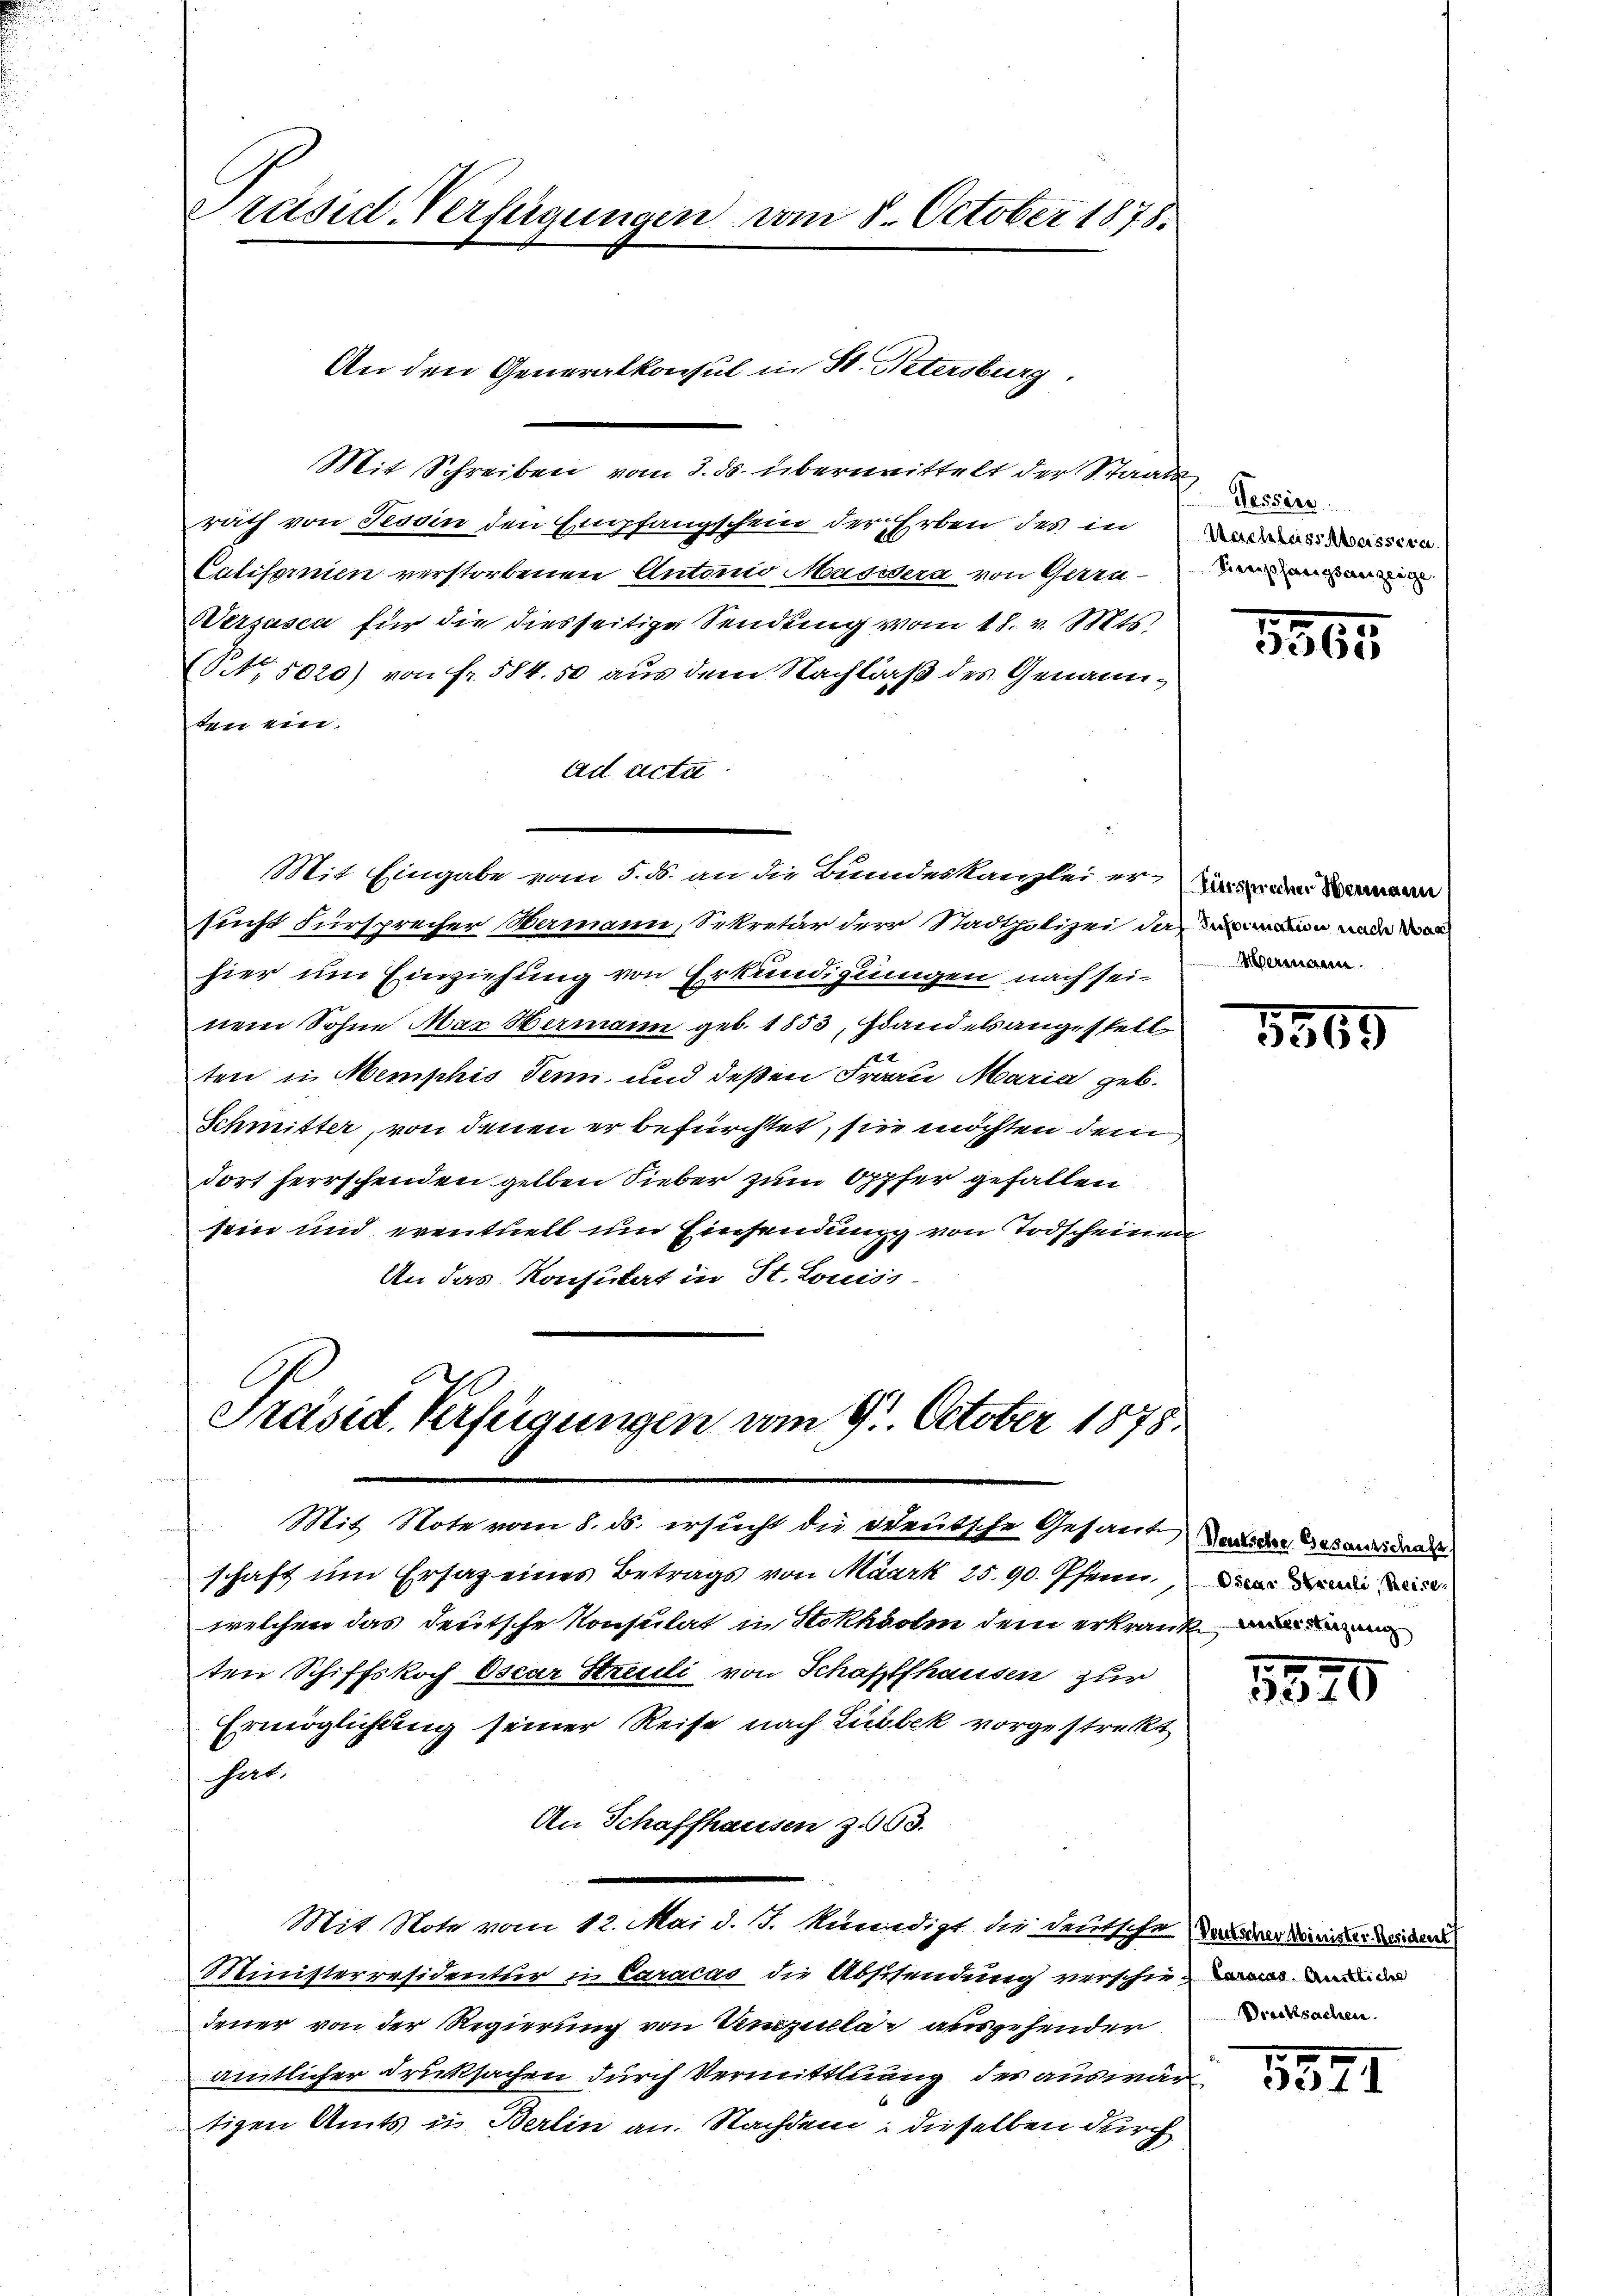
Präsid. Verfügungen vom 8. October 1878.

Mit Schreiben vom 3. ds. übermittelt der Staats
rath von Tessin den Empfangschein der Erben des in des Masser
Californien verstorbenen Antonio Masidera von Gerin¬
Sersasca für die diesseitige Sendung vom 18. v. Mts.
, 5020) von fr. 584. 50 aus dem Nachlaß des Genannten ein.
ad acta
sucht Fürsprecher Hermann, Sekretär der Stadtpolizei darin nade dor
hier um Einziehung von Erkundigungen nach sei-
nem Sohne Mar Hermann geb. 1853, Handels angestell
f 2
ten in Memphis Senn, und deßen Frau Maria geb.
Schmitter, von denen er befürchtet, sie möchten dem
dort herrschenden gelben Sieber zum Opfer gefallen
sein und eventuell um Einsendung von Todscheinen
An das Konsulat in St. Louiss

An den Generalkonsul in St. Petersburg.

Mit Eingabe vom 5. d. an die Bundeskanzlei er an demann

Präsid. Verfügungen vom 9. October 1878.
t
Mit Note vom 8. ds. ersucht die Deutsche Gesant der Gesanddar

schaft um Ersatz eines Betrags von Maark 25. 90. Pfenn, dann die
welchen das deutsche Konsulat in Stokhörlin dem erkrank
ten Schiffskoch Oscar Streili von Schaffhausen zur
Ermöglichung seiner Reise nach Lubek vorgestreckt
hat.
An Schaffhausen z. 63.
Mit Note vom 12. Mai d. J. Mündigt die deutsche oder Minister Weiden
Ministerresidentur u. Caracas die Abschendung verschiede
dener von der Regierung von Unzulla ausgehender
amtlicher Druksachen durch Vermittlung des auswär
tigen Amts in Berlin an. Nachdem dieselben durch

Soresherigsanzeige

1865

Mermann

1569

5520

Drucksachen.

8821